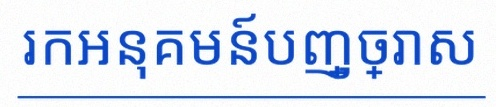
រកអនុគមន៍បញ្ច្រាស